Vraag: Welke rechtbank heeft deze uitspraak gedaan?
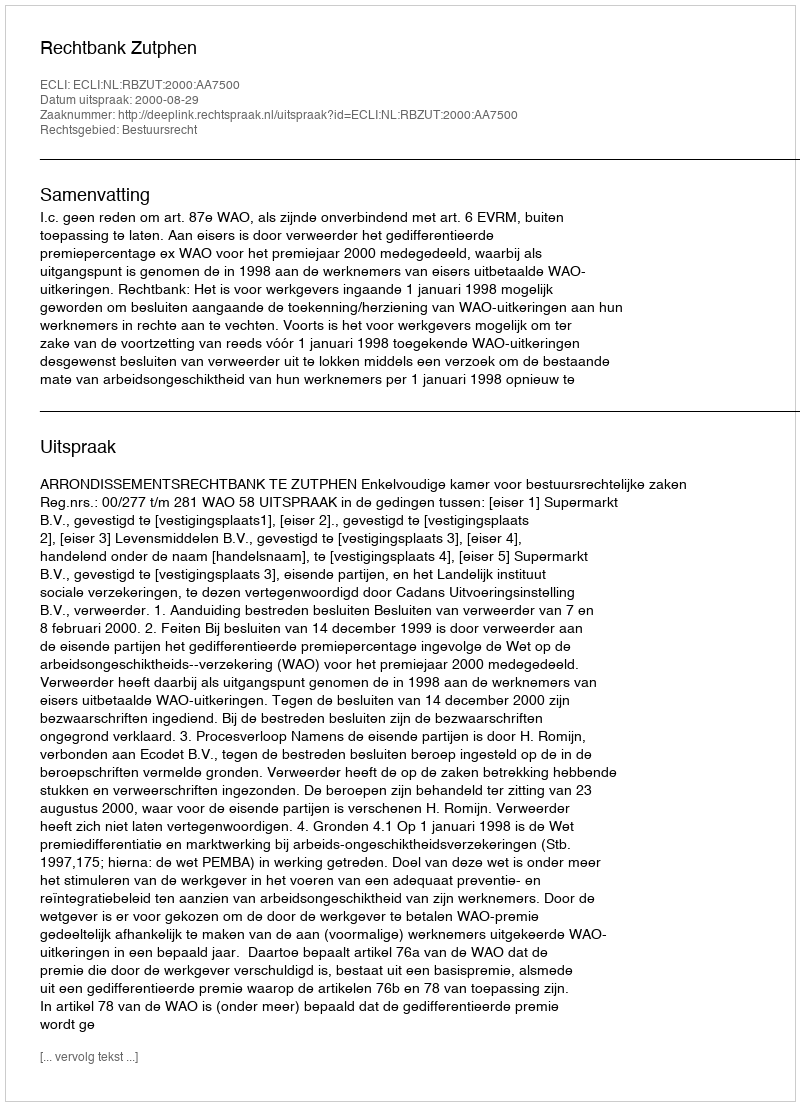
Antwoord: Rechtbank Zutphen